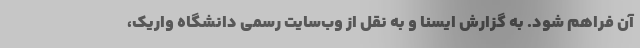
آن فراهم شود. به گزارش ایسنا و به نقل از وب‌سایت رسمی دانشگاه واریک،